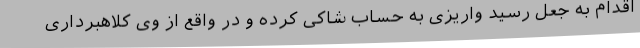
اقدام به جعل رسید واریزی به حساب شاکی کرده و در واقع از وی کلاهبرداری